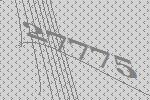
27775